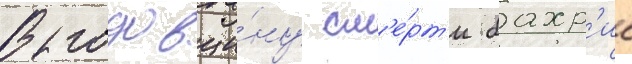
В годовщи́ну см'е́рт'и бахр'ие